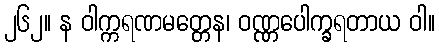
၂၆၂။ န ဝါက္ကရဏမတ္တေန၊ ဝဏ္ဏပေါက္ခရတာယ ဝါ။